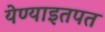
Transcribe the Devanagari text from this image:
येण्याइतपत